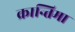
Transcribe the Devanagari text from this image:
क्रान्तिमा